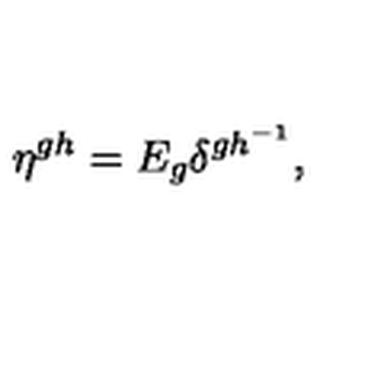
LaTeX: \eta ^ { g h } = E _ { g } \delta ^ { g h ^ { - 1 } } ,